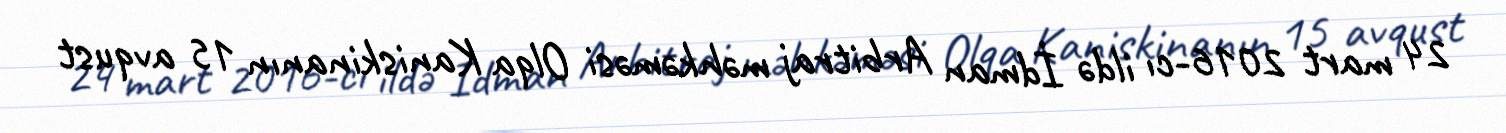
24 mart 2016-cı ildə İdman Arbitraj məhkəməsi Olqa Kaniskinanın 15 avqust